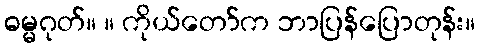
ဓမ္မဂုတ်။ ။ ကိုယ်တော်က ဘာပြန်ပြောတုန်း။